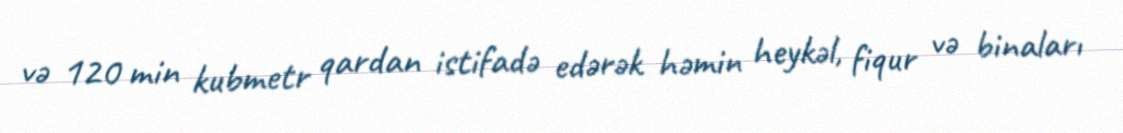
və 120 min kubmetr qardan istifadə edərək həmin heykəl, fiqur və binaları